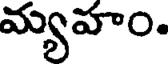
మ్యహం.